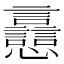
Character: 𧮗